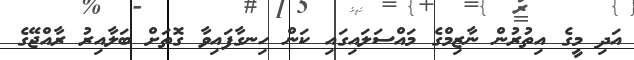
އަދި މީގެ އިތުރުން ނާޒިމްގެ މައްސަލައިގައި ކަން ހިނގާފައިވާ ގޮތަށް ބަލާއިރު ރާއްޖޭގެ